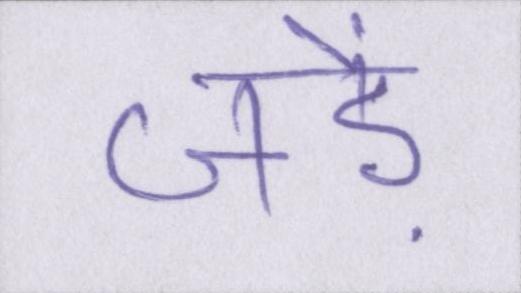
जड़ें